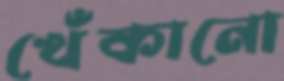
খেঁকানো